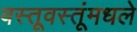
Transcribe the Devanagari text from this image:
वस्तूवस्तूंमधले